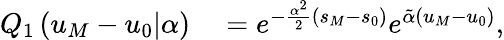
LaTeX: \begin{array}{rl}{Q_{1}\left(u_{M}-u_{0}|\alpha\right)}&{{}=e^{-\frac{\alpha^{2}}{2}(s_{M}-s_{0})}e^{\tilde{\alpha}(u_{M}-u_{0})},}\end{array}